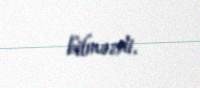
bilməzdi.